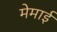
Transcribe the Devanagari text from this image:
मेमाई